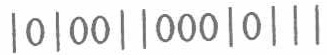
$|0|00||000|0|||$